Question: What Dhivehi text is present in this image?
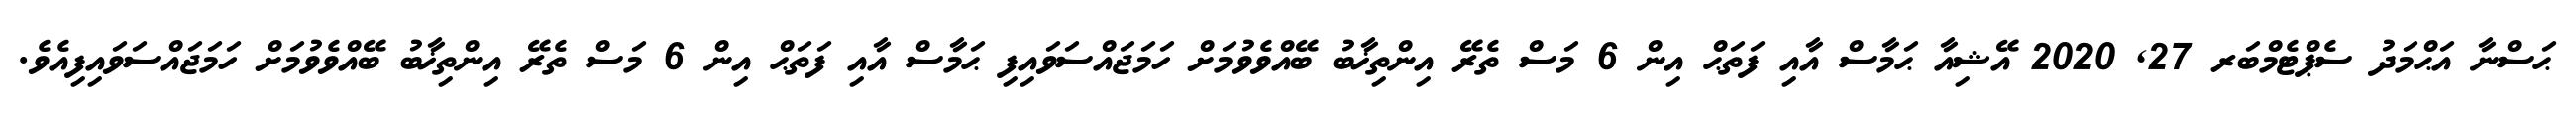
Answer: ޙަސްނާ އަޙްމަދު ސެޕްޓެމްބަރ 27, 2020 އޭޝިއާ ޙަމާސް އާއި ފަތަޙް އިން 6 މަސް ތެރޭ އިންތިޚާބު ބޭއްވެވުމަށް ހަމަޖައްސަވައިފި ޙަމާސް އާއި ފަތަޙް އިން 6 މަސް ތެރޭ އިންތިޚާބު ބޭއްވެވުމަށް ހަމަޖައްސަވައިފިއެވެ.